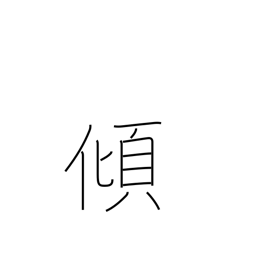
Meaning: lean